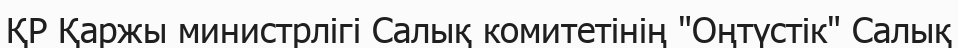
ҚР Қаржы министрлігі Салық комитетінің "Оңтүстік" Салық